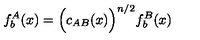
f _ { b } ^ { A } ( x ) = \Bigl ( c _ { A B } ( x ) \Bigr ) ^ { n / 2 } f _ { b } ^ { B } ( x )